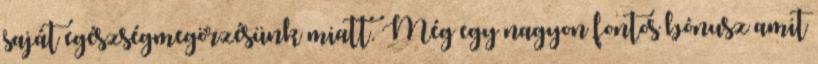
saját egészségmegörzésünk miatt. Még egy nagyon fontos bónusz amit